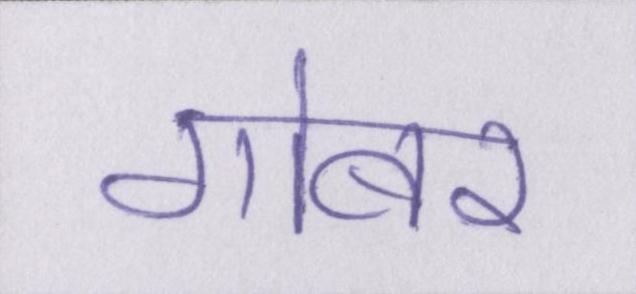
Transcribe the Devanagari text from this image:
गोबर